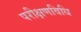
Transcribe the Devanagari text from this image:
परीक्षणविधि